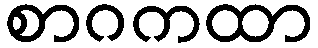
စာဂကထာ